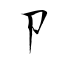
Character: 卩